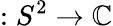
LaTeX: :S^{2}\to\mathbb{C}